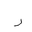
Letter: _dal